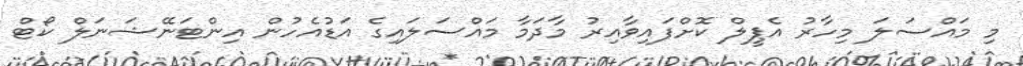
މި މައްސަލަ މިހާރު އެޕީލް ކޮށްފައިވާއިރު މާދަމާ މައްސަލައިގެ އަޑުއެހުން އިންޓަނޭޝަނަލް ކޯޓް